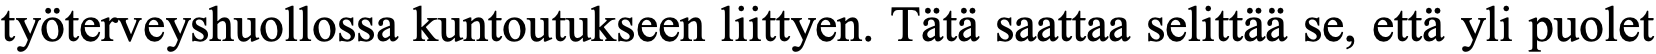
työterveyshuollossa kuntoutukseen liittyen. Tätä saattaa selittää se, että yli puolet